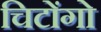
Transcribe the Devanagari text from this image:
चिटोंगो